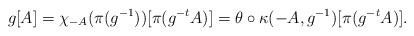
LaTeX: \begin{align*}g[A] = \chi_{-A}(\pi(g^{-1}))[\pi(g^{-t} A)] = \theta\circ\kappa(-A,g^{-1})[\pi(g^{-t}A)].\end{align*}